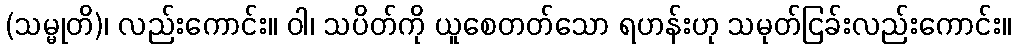
(သမ္မုတိ)၊ လည်းကောင်း။ ဝါ၊ သပိတ်ကို ယူစေတတ်သော ရဟန်းဟု သမုတ်ငြခ်းလည်းကောင်း။